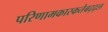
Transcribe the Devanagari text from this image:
परिणामकारकतेबद्द्ल